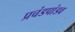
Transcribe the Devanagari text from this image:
प्रचंडपांडव